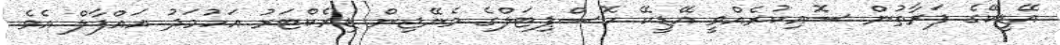
އޭޑީކޭގެ ފަރާތުން ސޮއިކުރެއްވީ އޭޑީކޭ ހޮސްޕިޓަލްގެ މެނޭޖިން ޑިރެކްޓަރު އަހުމަދު އައްފާލް އެވެ.